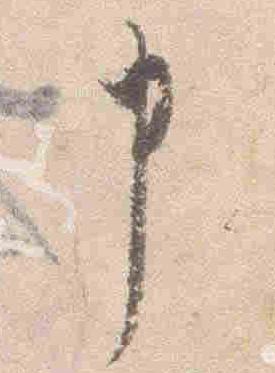
申